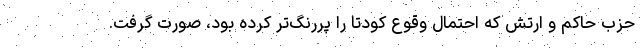
حزب حاکم و ارتش که احتمال وقوع کودتا را پررنگ‌تر کرده بود، صورت گرفت.